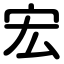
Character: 宏